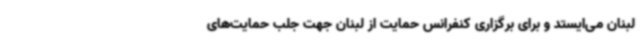
لبنان می‌ایستد و برای برگزاری کنفرانس حمایت از لبنان جهت جلب حمایت‌های